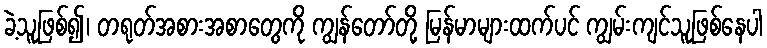
ခဲ့သူဖြစ်၍၊ တရုတ်အစားအစာတွေကို ကျွန်တော်တို့ မြန်မာများထက်ပင် ကျွမ်းကျင်သူဖြစ်နေပါ